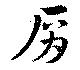
肩